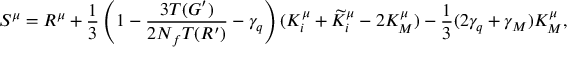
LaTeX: S ^ { \mu } = R ^ { \mu } + \frac { 1 } { 3 } \left( 1 - \frac { 3 T ( G ^ { \prime } ) } { 2 N _ { f } T ( R ^ { \prime } ) } - \gamma _ { q } \right) ( K _ { i } ^ { \mu } + \widetilde { K } _ { i } ^ { \mu } - 2 K _ { M } ^ { \mu } ) - \frac { 1 } { 3 } ( 2 \gamma _ { q } + \gamma _ { M } ) K _ { M } ^ { \mu } ,